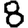
Digit: 8